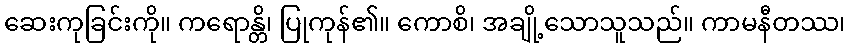
ဆေးကုခြင်းကို။ ကရောန္တိ၊ ပြုကုန်၏။ ကောစိ၊ အချို့သောသူသည်။ ကာမနီတဿ၊